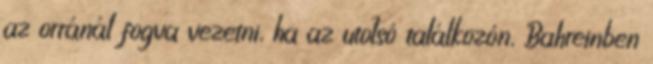
az orránál fogva vezetni, ha az utolsó találkozón, Bahreinben